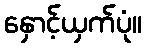
နှောင့်ယှက်ပုံ။